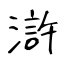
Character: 滸